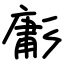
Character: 㣑